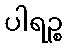
ပါရဉ္စ